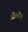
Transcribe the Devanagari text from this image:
ओलरेड